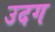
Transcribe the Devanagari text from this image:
उदग